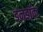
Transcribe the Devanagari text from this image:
डनडॉक